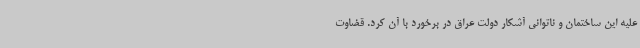
علیه این ساختمان و ناتوانی آشکار دولت عراق در برخورد با آن کرد. قضاوت